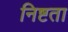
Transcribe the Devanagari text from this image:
निष्टता